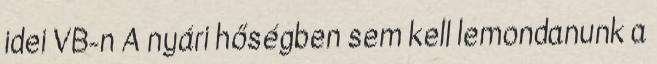
idei VB-n A nyári hőségben sem kell lemondanunk a